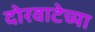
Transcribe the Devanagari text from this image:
दोरवाटेच्या